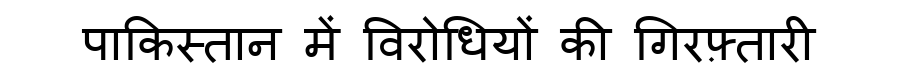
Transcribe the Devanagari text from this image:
पाकिस्तान में विरोधियों की गिरफ़्तारी